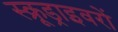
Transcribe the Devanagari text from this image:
स्क्रूड्राइवरों